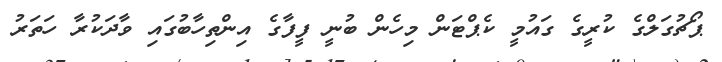
ޕޯޗުގަލްގެ ކުރީގެ ގައުމީ ކެޕްޓަން މިހެން ބުނީ ފީފާގެ އިންތިހާބުގައި ވާދަކުރާ ހަތަރު